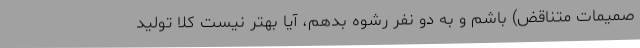
صمیمات متناقض) باشم و به دو نفر رشوه بدهم، آیا بهتر نیست کلا تولید